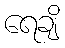
ရေချိ